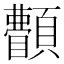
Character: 𩕫